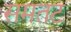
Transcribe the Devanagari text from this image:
समतट